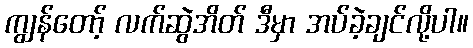
ကျွန်တော့် လက်ဆွဲအိတ် ဒီမှာ အပ်ခဲ့ချင်လို့ပါ။